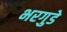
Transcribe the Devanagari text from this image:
भरगुडे